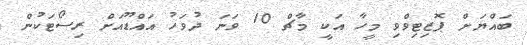
ބައްޔަށް ޕޮޒިޓިވްވި މީހާ އަކީ މާޗް 10 ވަނަ ދުވަހު އައްޑޫއަށް ރިސޯޓަކުން